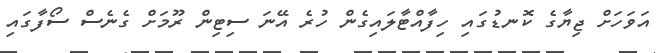
އަވަހަށް ޖިޔާގެ ކޮނޑުގައި ހިފާއްޓާލައިގެން ހުރެ އޭނަ ސިޓިން ރޫމަށް ގެނެސް ސޯފާގައި